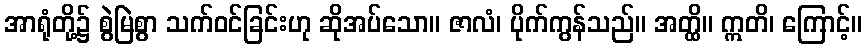
အာရုံတို့၌ စွဲမြဲစွာ သက်ဝင်ခြင်းဟု ဆိုအပ်သော။ ဇာလံ၊ ပိုက်ကွန်သည်။ အတ္ထိ။ ဣတိ၊ ကြောင့်။